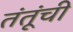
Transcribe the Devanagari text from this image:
तंतूंची